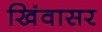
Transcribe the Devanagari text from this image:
खिंवासर